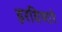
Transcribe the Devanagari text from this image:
हरविणारे